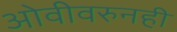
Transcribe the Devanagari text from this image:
ओवीवरुनही